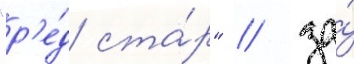
"р'е́д ста́р" / за́